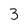
Character: 3